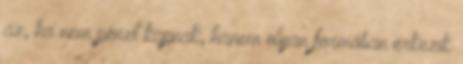
az, ha nem pénzt kapnak, hanem olyan formában érkezik